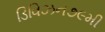
ડિવિઝન૭૯મી